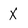
Character: X